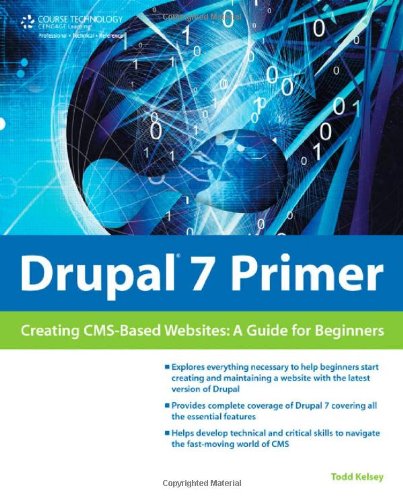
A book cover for Drupal 7 Primer: Creating CMS-Based Websites: A Guide for Beginners; Todd Kelsey; Computers & Technology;